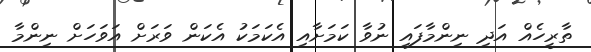
ތާރީހެއް އަދި ނިންމާފައި ނުވާ ކަމަށާއި އެކަމަކު އެކަން ވަރަށް އަވަހަށް ނިންމާ